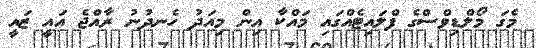
މެގަ މޯލްޑިވްސްގެ ފްލައިޓެއްގައި މައްކާ އިން މިއަދު ހެނދުނު ރާއްޖެ އައީ ޒައީ